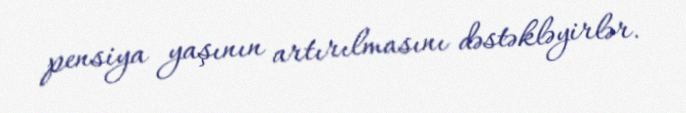
pensiya yaşının artırılmasını dəstəkləyirlər.